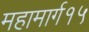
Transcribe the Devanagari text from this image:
महामार्ग१५